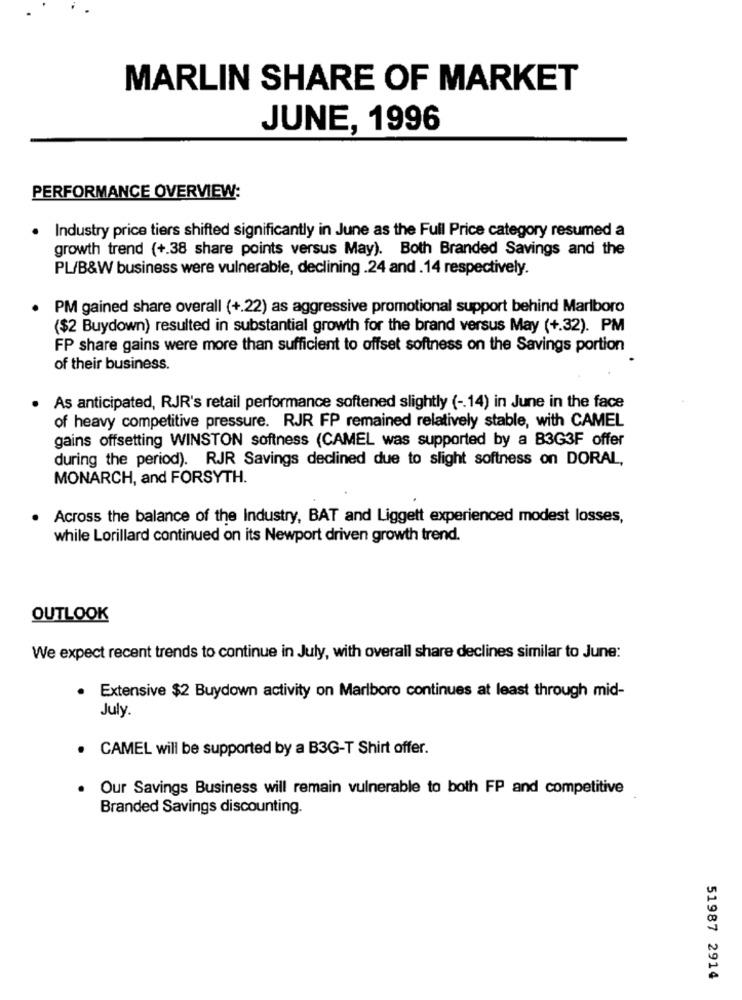
MARLIN SHARE OF MARKET
JUNE, 1996
PERFORMANCE OVERVIEW:
Industry price tiers shifted significantly in June as the Full Price category resumed a
growth trend (+.38 share points versus May). Both Branded Savings and the
PL/B&W business were vulnerable, declining .24 and .14 respectively.
PM gained share overall (+.22) as aggressive promotional support behind Marlboro
($2 Buydown) resulted in substantial growth for the brand versus May (+.32). PM
FP share gains were more than sufficient to offset softness on the Savings portion
of their business.
As anticipated, RJR's retail performance softened slightly ( -. 14) in June in the face
of heavy competitive pressure. RJR FP remained relatively stable, with CAMEL
gains offsetting WINSTON softness (CAMEL was supported by a B3G3F offer
during the period). RJR Savings declined due to slight softness on DORAL,
MONARCH, and FORSYTH.
Across the balance of the Industry, BAT and Liggett experienced modest losses,
while Lorillard continued on its Newport driven growth trend.
OUTLOOK
We expect recent trends to continue in July, with overall share declines similar to June:
Extensive $2 Buydown activity on Marlboro continues at least through mid-
July.
CAMEL will be supported by a B3G-T Shirt offer.
Our Savings Business will remain vulnerable to both FP and competitive
Branded Savings discounting.
51987 2914